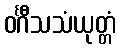
ဝင်္ဂီသသံယုတ္တံ